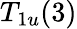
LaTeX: T_{1u}(3)